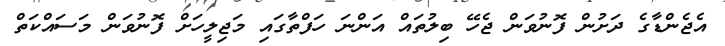
އެޖެންޑާގެ ދަށުން ފޮނުވަން ޖެހޭ ބިލުތައް އަންނަ ހަފްތާގައި މަޖިލީހަށް ފޮނުވަން މަސައްކަތް